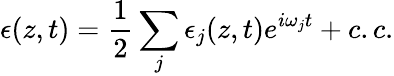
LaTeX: \epsilon(z,t)=\frac{1}{2}\sum_{j}\epsilon_{j}(z,t)e^{i\omega_{j}t}+c.c.